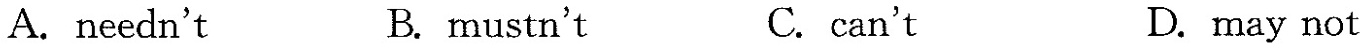
A. needn't B. mustn't C.can't D. may not